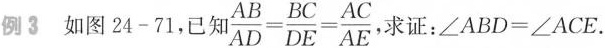
例3如图24-71，已知 $$\frac{AB}{AD}= \frac{BC}{DE}= \frac{AC}{AE}$$ 求证：$$\angle ABD=\angle ACE$$.